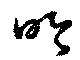
吟